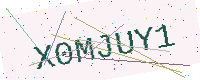
Text: X0MJUY1